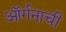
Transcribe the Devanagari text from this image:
ऑर्गनाची